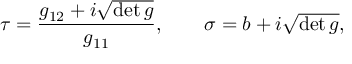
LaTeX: \tau = \frac { g _ { 1 2 } + i \sqrt { \operatorname * { d e t } g } } { g _ { 1 1 } } , \qquad \sigma = b + i \textstyle \sqrt { \operatorname * { d e t } g } ,